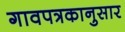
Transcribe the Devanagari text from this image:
गावपत्रकानुसार